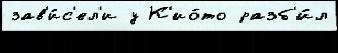
зав'и́с'ел'и у К'ио́то разб'и́л